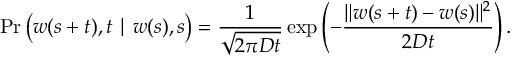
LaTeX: \operatorname* { P r } { \big ( } w ( s + t ) , t \mid w ( s ) , s { \big ) } = { \frac { 1 } { \sqrt { 2 \pi D t } } } \exp \left( - { \frac { \| w ( s + t ) - w ( s ) \| ^ { 2 } } { 2 D t } } \right) .